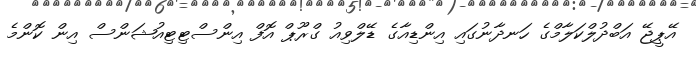
އޭޕީޖޭ އަބްދުލްކަލާމްގެ ހަނދާނުގައި އިންޑިއާގެ ޑޭލްވިއު ގްރޫޕް އޮފް އިންސްޓިޓިއުޝަންސް އިން ކޮންމެ